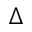
\Delta